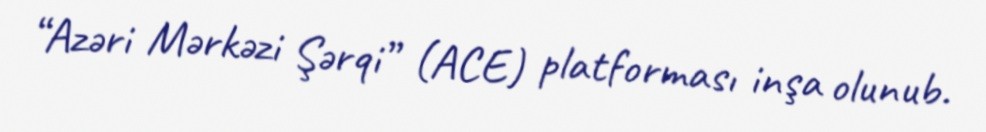
“Azəri Mərkəzi Şərqi” (ACE) platforması inşa olunub.